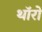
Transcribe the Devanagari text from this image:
थॉरो